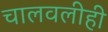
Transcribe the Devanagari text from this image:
चालवलीही